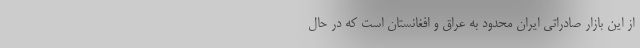
از این بازار صادراتی ایران محدود به عراق و افغانستان است که در حال